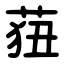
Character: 莥